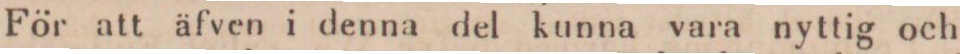
För att äfven i denna del kunna vara nyttig och